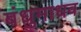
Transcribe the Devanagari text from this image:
बंधुमाधव